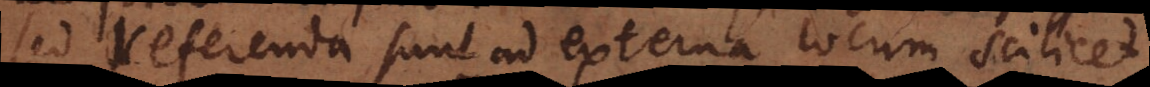
sed referenda sunt ad externa locum scilicet